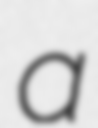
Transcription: a